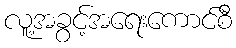
လူ့အခွင့်အရေးကောင်စီ